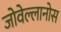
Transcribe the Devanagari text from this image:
जोवेल्लानोस